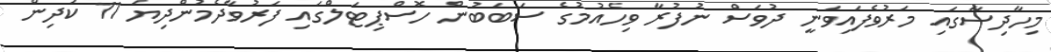
މިހާދިސާގައި މަރުވެފައިވަނީ ދުވަސް ނުފުރާ ވިހެއުމުގެ ސަބަބުން ހޮސްޕިޓަލްގައި ފަރުވާދެމުންދިޔަ 11 ކުދިން